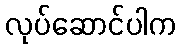
လုပ်ဆောင်ပါက